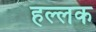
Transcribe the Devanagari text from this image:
हल्लक